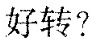
好转?